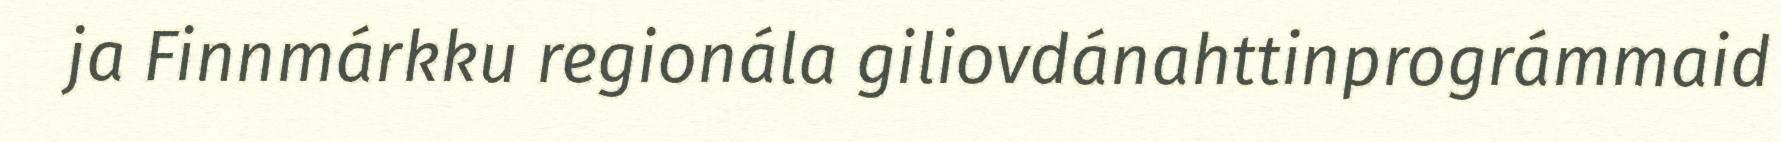
ja Finnmárkku regionála giliovdánahttinprográmmaid